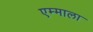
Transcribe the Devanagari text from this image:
एम्माला